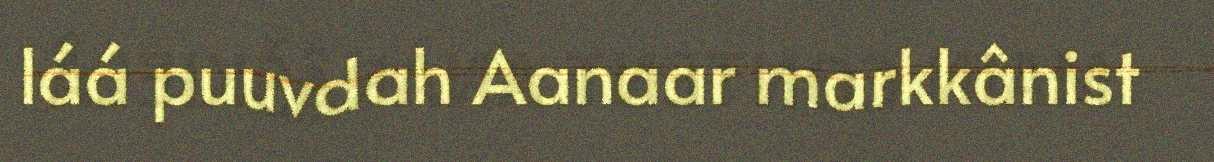
láá puuvdah Aanaar markkânist